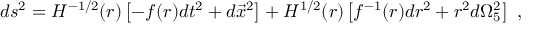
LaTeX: d s ^ { 2 } = H ^ { - 1 / 2 } ( r ) \left[ - f ( r ) d t ^ { 2 } + d \vec { x } ^ { 2 } \right] + H ^ { 1 / 2 } ( r ) \left[ f ^ { - 1 } ( r ) d r ^ { 2 } + r ^ { 2 } d \Omega _ { 5 } ^ { 2 } \right] \ ,